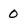
Character: 0